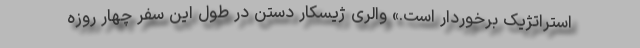
استراتژیک برخوردار است.» والری ژیسکار دستن در طول این سفر چهار روزه